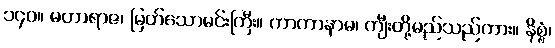
၁၄၀။ မဟာရာဇ၊ မြတ်သောမင်းကြီး။ ကာကာနာမ၊ ကျီးတို့မည်သည်ကား။ နိစ္စံ၊